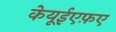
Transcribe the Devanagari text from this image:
केयूईएफ़ए